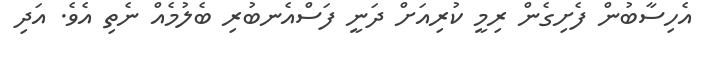
އެހިސާބުން ފެށިގެން ރިމީ ކުރިއަށް ދަނީ ފަސްއެނބުރި ބެލުމެއް ނެތި އެވެ. އަދި